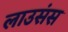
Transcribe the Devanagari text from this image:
लाउसंस